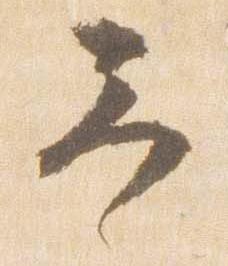
予